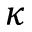
\kappa